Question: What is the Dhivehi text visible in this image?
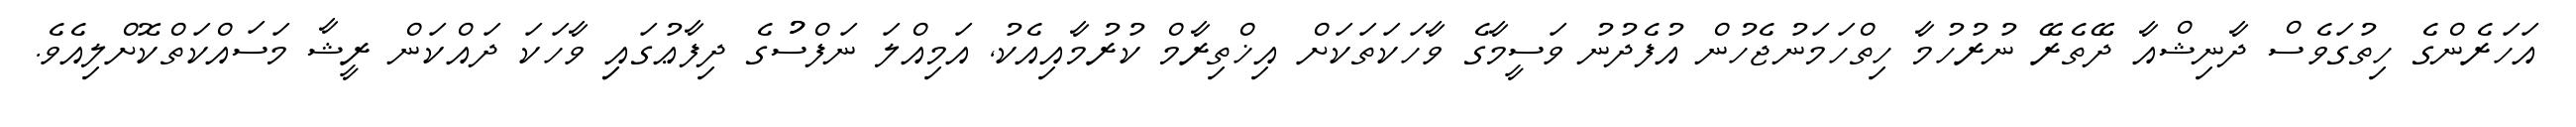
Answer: އަހަރެންގެ ހިތުގަވެސް ދާނިޝްއާ ދޭތެރޭ ނުރުހުމާ ހިތްހަމަނުޖެހުން އުފެދުނު ވަސީމާގެ ވާހަކަތަކަށް އިޚްތިރާމް ކުރުމާއިއެކު, އަމިއްލަ ނަފްސުުގެ ދިފާޢުގައިި ވާހަކަ ދައްކަން ރީޝާ މަސައްކަތްކޮށްލިއެވެ.